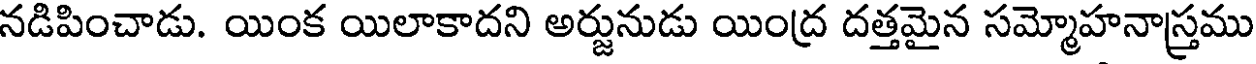
నడిపించాడు. యింక యిలాకాదని అర్జునుడు యింద్ర దత్తమైన సమ్మోహనాస్త్రము